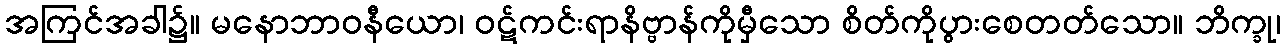
အကြင်အခါ၌။ မနောဘာဝနီယော၊ ဝဋ်ကင်းရာနိဗ္ဗာန်ကိုမှီသော စိတ်ကိုပွားစေတတ်သော။ ဘိက္ခု၊